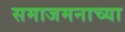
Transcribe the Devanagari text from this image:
समाजमनाच्या